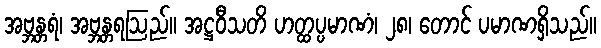
အဗ္ဘန္တရံ၊ အဗ္ဘန္တရဩည်။ အဋ္ဌဝီသတိ ဟတ္ထပ္ပမာဏံ၊ ၂၈၊ တောင် ပမာဏရှိသည်။